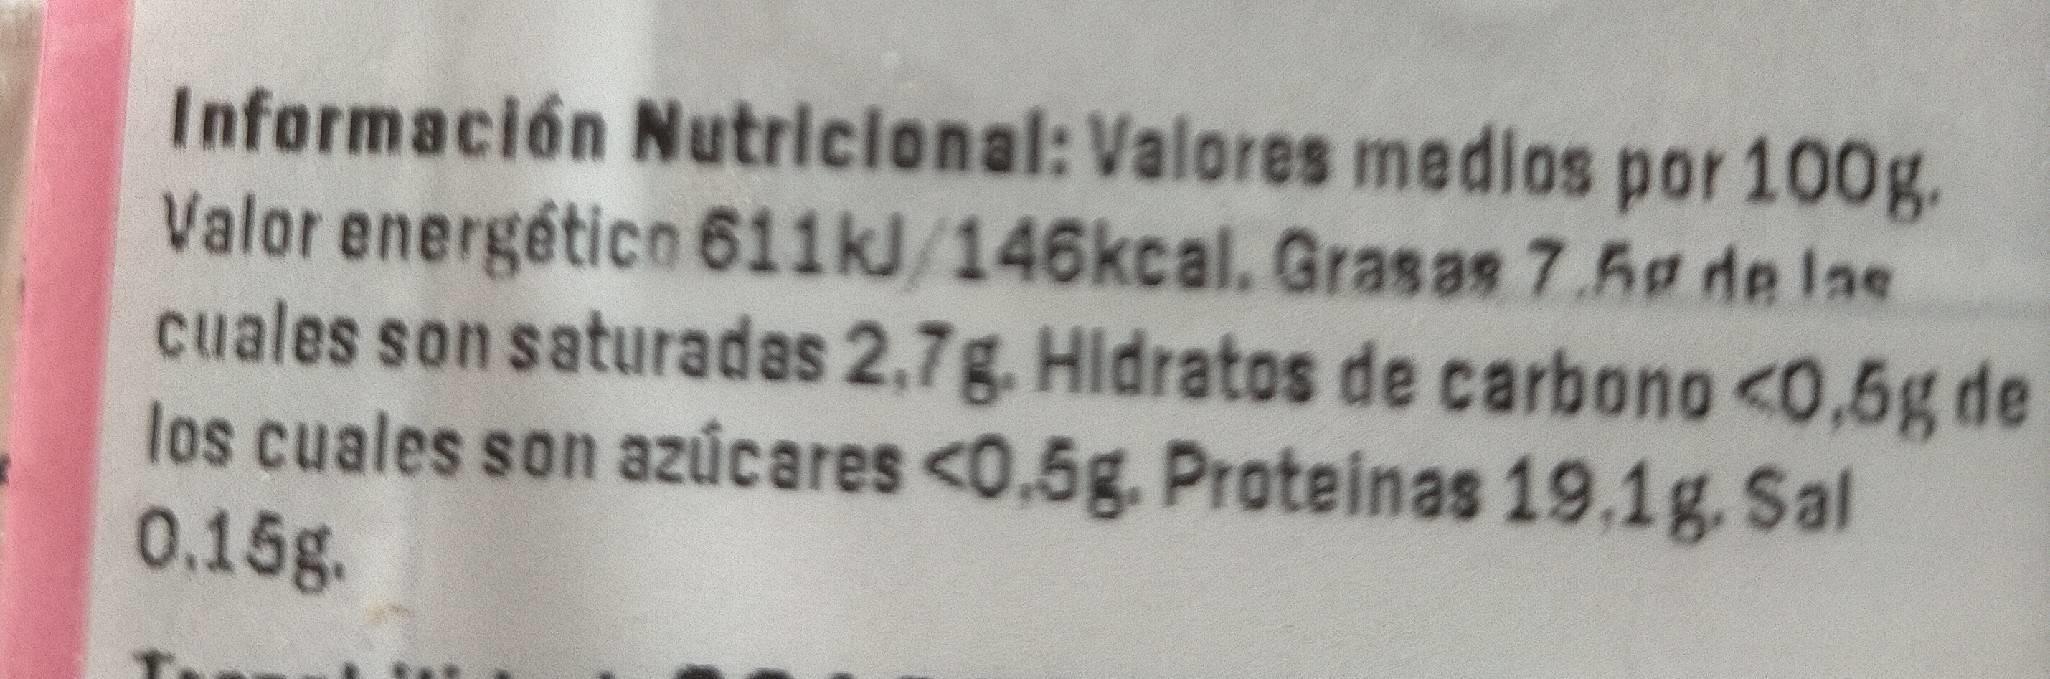
Información Nutricional: Valores medios por 100g. Valor energéticn 611kJ/146kcal. Grasas 7.5g de las cuales son saturadas 2,7g. Hidratos de carbono <0,5g de los cuales son azúcares <0.5g. Proteinas 19.1g. Sal 0.15g.